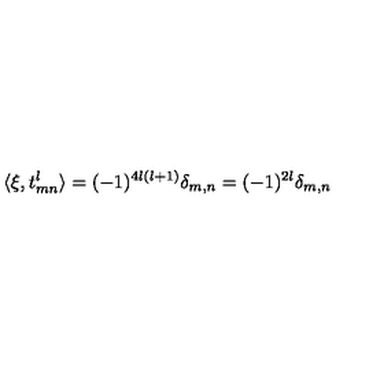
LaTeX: \langle \xi , t _ { m n } ^ { l } \rangle = ( - 1 ) ^ { 4 l ( l + 1 ) } \delta _ { m , n } = ( - 1 ) ^ { 2 l } \delta _ { m , n }